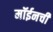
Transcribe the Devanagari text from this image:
मॉईनची